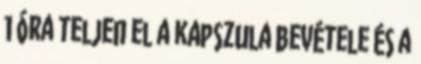
1 óra teljen el a kapszula bevétele és a